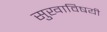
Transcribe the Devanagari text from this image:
सुखाविषयी